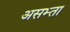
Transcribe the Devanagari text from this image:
असभ्ता